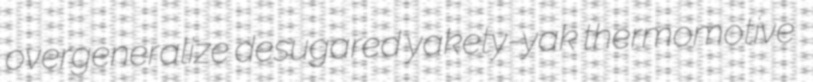
overgeneralize desugared yakety-yak thermomotive